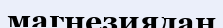
магнезиядан